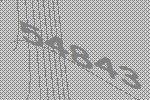
54843